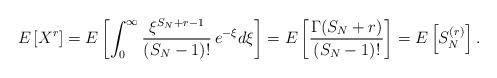
LaTeX: \begin{align*}E\left[X^r\right] = E\left[\int_0^{\infty} \frac{\xi^{S_N + r-1}}{(S_N-1)!} \, e^{-\xi} d\xi\right]= E\left[\frac{\Gamma(S_N + r)}{(S_N-1)!}\right] = E\left[S_N^{(r)}\right].\end{align*}